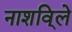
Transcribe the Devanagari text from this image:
नाशवि्ले